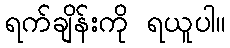
ရက်ချိန်းကို ရယူပါ။